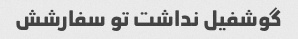
گوشفیل نداشت تو سفارشش